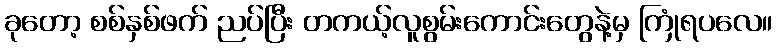
ခုတော့ စစ်နှစ်ဖက် ညပ်ပြီး တကယ့်လူစွမ်းကောင်းတွေနဲ့မှ ကြုံရပလေ။